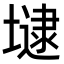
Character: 𡐡